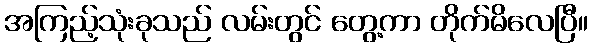
အကြည့်သုံးခုသည် လမ်းတွင် တွေ့ကာ တိုက်မိလေပြီ။